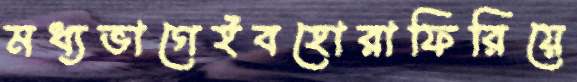
মধ্যভাগেইবহোরাফিরিয়ে